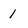
Character: 1